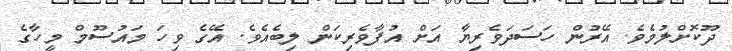
ދޫކޮށްލުމެވެ. އޭރުން ހަސަދަވެރިޔާ އަށް އުފާވެރިކަން ލިބެއެވެ. އޭގެ ވިހަ މައުސޫމް މީހާގެ